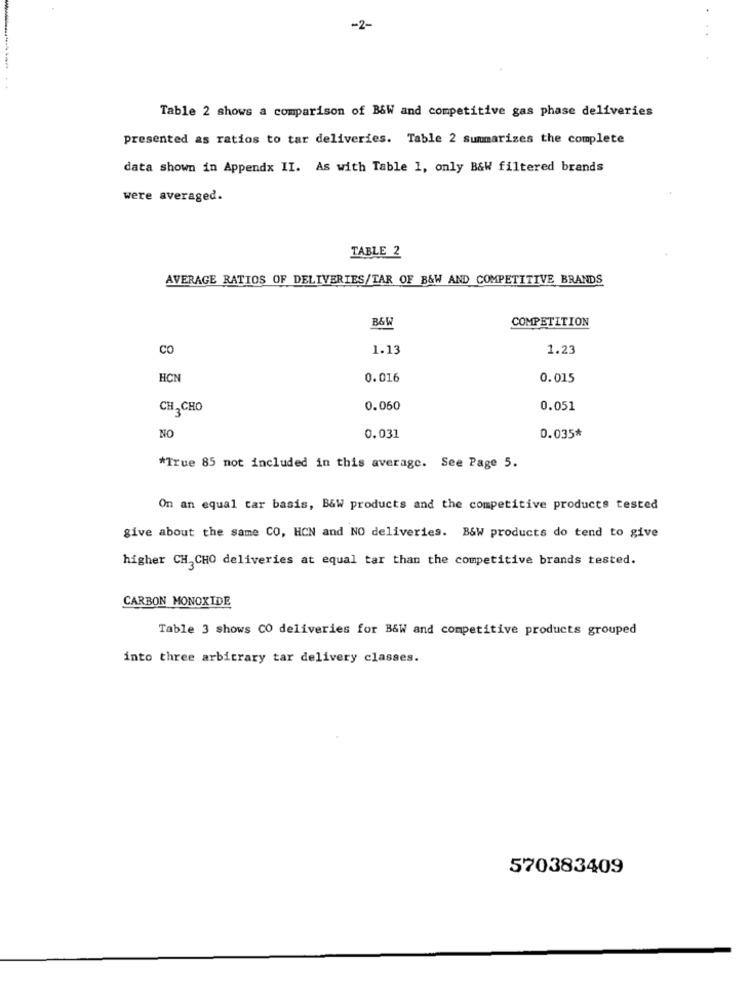
-2-
Table 2 shows a comparison of B&W and competitive gas phase deliveries
presented as ratios to tar deliveries. Table 2 Summarizes the complete
data shown in Appendx II. As with Table 1, only B&W filtered brands
were averaged.
TABLE 2
AVERAGE RATIOS OF DELIVERIES/TAR OF B&W AND COMPETITIVE BRANDS
B&W
COMPETITION
CO
1.13
1.23
HCN
0.016
0.015
CH - CHO
0.060
0.051
NO
0.031
0.035*
*True 85 not included in this average. See Page 5.
On an equal tar basis, B&W products and the competitive products tested
give about the same CO, HCN and NO deliveries. B&W products do tend to give
higher CH3CHO deliveries at equal tar than the competitive brands tested.
CARBON MONOXIDE
Table 3 shows CO deliveries for B&W and competitive products grouped
into three arbitrary tar delivery classes.
570383409